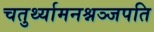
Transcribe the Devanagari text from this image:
चतुर्थ्यामनश्नञ्जपति